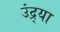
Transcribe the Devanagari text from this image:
उंद्र्या